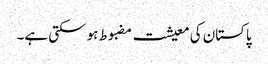
پاکستان کی معیشت مضبوط ہو سکتی ہے۔